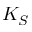
K _ { S }